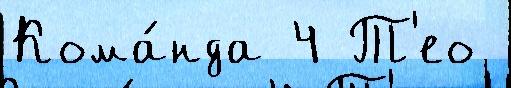
Кома́нда 4 Т'ео